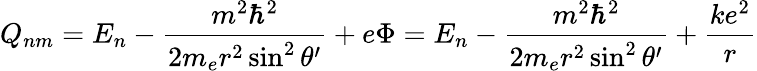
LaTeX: Q_{nm}=E_{n}-\frac{m^{2}\hbar^{2}}{2m_{e}r^{2}\sin^{2}\theta^{\prime}}+e\Phi=E_{n}-\frac{m^{2}\hbar^{2}}{2m_{e}r^{2}\sin^{2}\theta^{\prime}}+\frac{ke^{2}}{r}